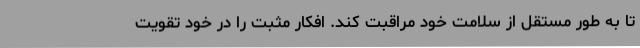
تا به طور مستقل از سلامت خود مراقبت کند. افکار مثبت را در خود تقویت